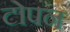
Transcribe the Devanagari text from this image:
टोपन